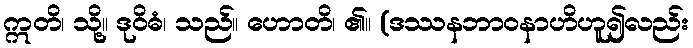
ဣတိ၊ သို့။ ဒုဝိဓံ၊ သည်။ ဟောတိ၊ ၏။ (ဒဿနဘာဝနာဟိဟူ၍လည်း